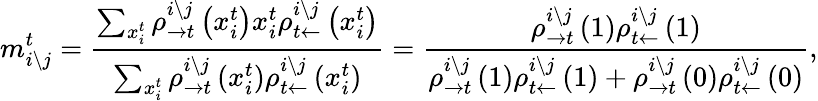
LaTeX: m_{i\setminus j}^{t}=\frac{\sum_{x_{i}^{t}}\rho_{\rightarrow t}^{i\setminus j}\left(x_{i}^{t}\right)x_{i}^{t}\rho_{t\leftarrow}^{i\setminus j}\left(x_{i}^{t}\right)}{\sum_{x_{i}^{t}}\rho_{\rightarrow t}^{i\setminus j}\left(x_{i}^{t}\right)\rho_{t\leftarrow}^{i\setminus j}\left(x_{i}^{t}\right)}=\frac{\rho_{\rightarrow t}^{i\setminus j}\left(1\right)\rho_{t\leftarrow}^{i\setminus j}\left(1\right)}{\rho_{\rightarrow t}^{i\setminus j}\left(1\right)\rho_{t\leftarrow}^{i\setminus j}\left(1\right)+\rho_{\rightarrow t}^{i\setminus j}\left(0\right)\rho_{t\leftarrow}^{i\setminus j}\left(0\right)},